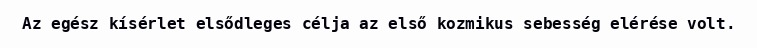
Az egész kísérlet elsődleges célja az első kozmikus sebesség elérése volt.